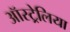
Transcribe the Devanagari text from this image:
ऑस्ट्र्रेलिया